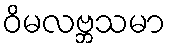
ဝိမလဗ္ဘသမာ